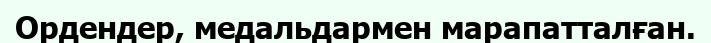
Ордендер, медальдармен марапатталған.